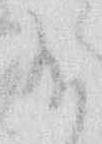
給